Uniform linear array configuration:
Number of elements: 8
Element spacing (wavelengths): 0.5
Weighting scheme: kaiser
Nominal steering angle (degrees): -15
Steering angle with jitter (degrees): -13.811
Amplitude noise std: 0.05
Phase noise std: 0.05

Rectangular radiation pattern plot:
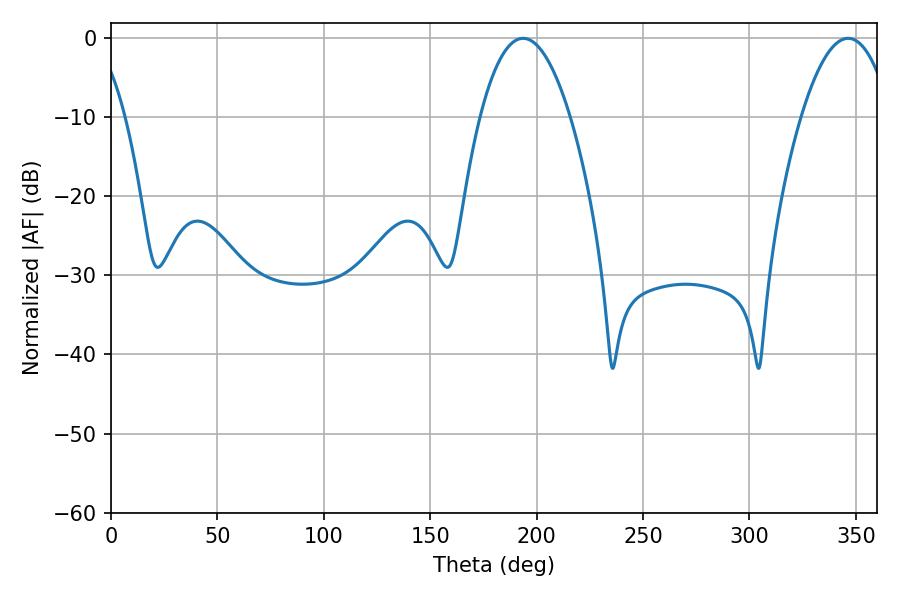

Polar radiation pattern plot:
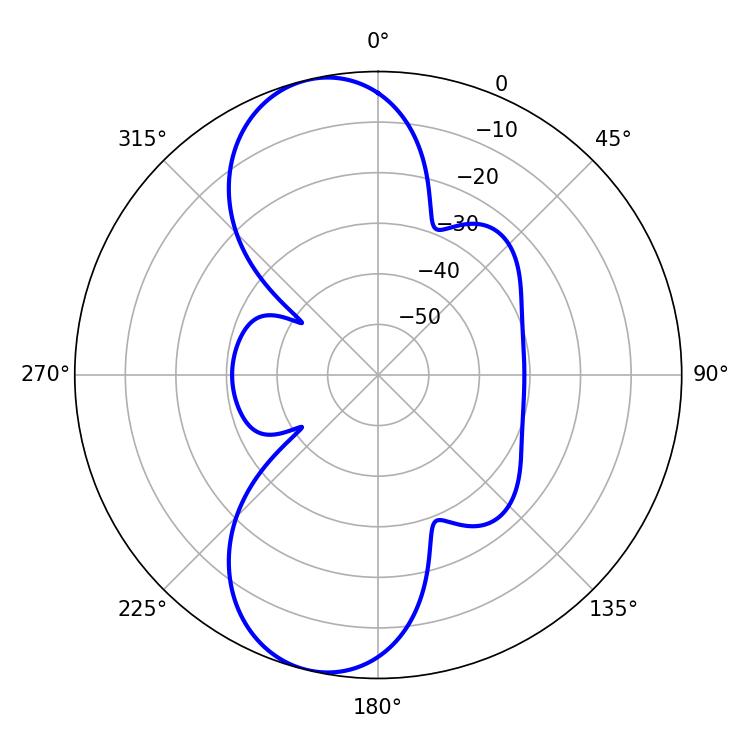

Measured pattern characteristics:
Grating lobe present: FALSE
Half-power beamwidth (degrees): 23.4
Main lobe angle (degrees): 193.68